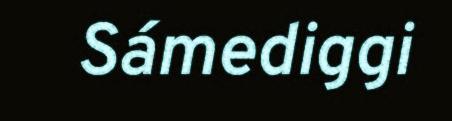
Sámediggi